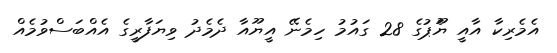
އެމެރިކާ އާއީ ޔޫެަޕުގެ 28 ގައުމު ހިމެނޭ އީޔޫއާ ދެމެދު ވިޔަފާރީގެ އެއްބަސްވުމެއް